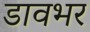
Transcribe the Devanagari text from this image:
डावभर